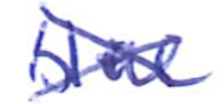
Text: blue
Cross-out: cross
Writing tool: ballpoint